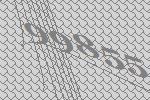
99855